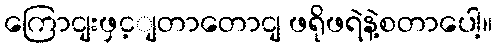
ကြောငျးဖှင့ျတာတောငျ ဖရိုဖရဲနဲ့စတာပေါ့။